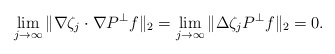
\begin{align*} \lim_{j \to \infty} \| \nabla \zeta_j \cdot \nabla P^\perp f \|_2 = \lim_{j \to \infty} \| \Delta \zeta_j P^\perp f \|_2 = 0.\end{align*}